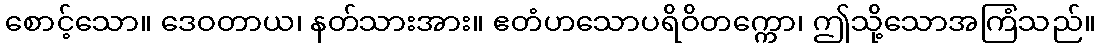
စောင့်သော။ ဒေဝတာယ၊ နတ်သားအား။ ဧတံဟသောပရိဝိတက္ကော၊ ဤသို့သောအကြံသည်။